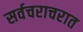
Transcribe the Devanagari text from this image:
सर्वचराचरात